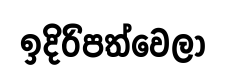
ඉදිරිපත්වෙලා